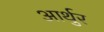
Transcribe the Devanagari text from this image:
आर्थुर